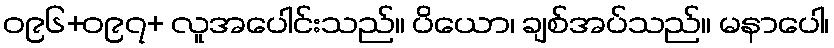
ဝ၉၆+ဝ၉၇+ လူအပေါင်းသည်။ ပိယော၊ ချစ်အပ်သည်။ မနာပေါ၊